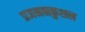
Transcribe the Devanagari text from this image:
प्रजननकुशल